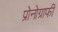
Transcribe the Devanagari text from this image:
प्रोनोग्राफी